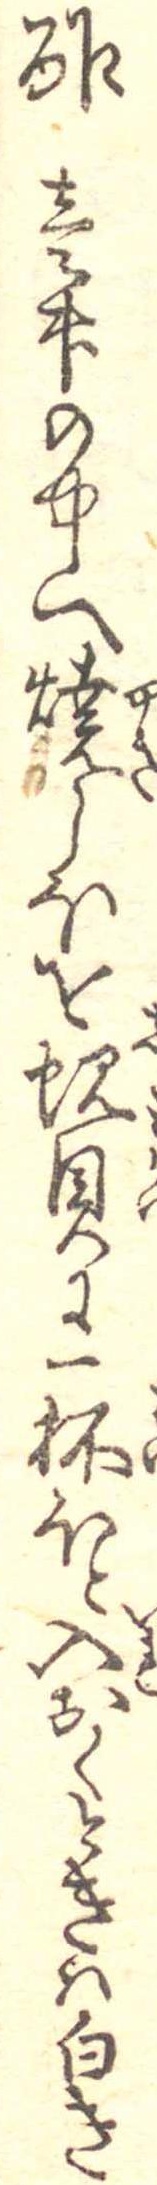
酢壱升の中へ焼しほを蜆貝に一杯ほと入おくときは白き